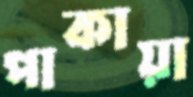
পাকায়া